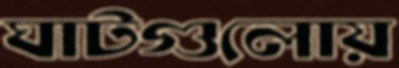
ঘাটগুলোয়